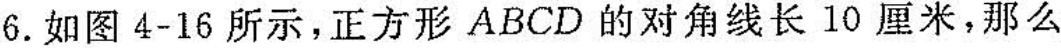
6.如图4-16所示，正方形ABCD的对角线长10厘米，那么